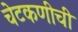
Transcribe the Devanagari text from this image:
चेटकणीची